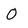
Character: O